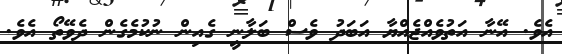
އެވެ. އޭނާ އަތުވެއްޖެއްޔާ އަބަދު ވެސް ބަލާނީ ގެއިން ނުކުމެގެން ދެވޭތޯ އެވެ.